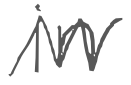
Text: in
Cross-out: zig-zag
Writing tool: digital_gray